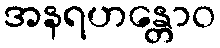
အနရဟန္တောဝ